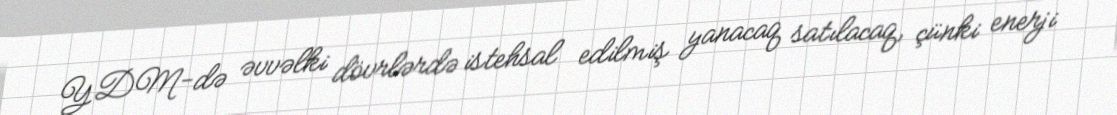
YDM-də əvvəlki dövrlərdə istehsal edilmiş yanacaq satılacaq, çünki enerji